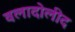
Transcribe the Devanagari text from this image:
वलादोलीद